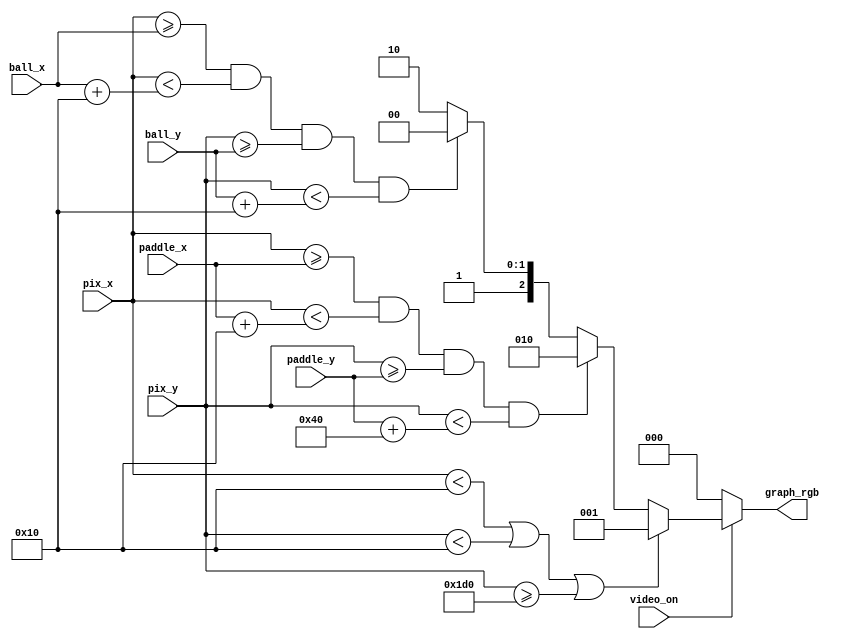
// Listing 13.3
module pong_graph_st
   (
    input wire video_on,
    input wire [9:0] pix_x, pix_y,
	 input wire [9:0] ball_x, ball_y,
	 input wire [9:0] paddle_x, paddle_y,
    output reg [2:0] graph_rgb
   );

   // constant and signal declaration
   // x, y coordinates (0,0) to (639,479)
   localparam MAX_X = 640;
   localparam MAX_Y = 480;

   //--------------------------------------------
   // right vertical bar
   //--------------------------------------------
   // bar top, bottom boundary
   localparam PADDLE_WIDTH = 16;
   localparam PADDLE_HEIGHT = 64;
   //--------------------------------------------
   // ball
   //--------------------------------------------
   localparam BALL_SIZE = 16;

   //--------------------------------------------
   // object output signals
   //--------------------------------------------
   wire wall_on, bar_on, ball_on;
   wire [2:0] wall_rgb, paddle_rgb, ball_rgb;

   //--------------------------------------------
   // wall
   //--------------------------------------------
	localparam WALL_SIZE = 16;
   assign wall_on = pix_x < WALL_SIZE || pix_y < WALL_SIZE || pix_y >= MAX_Y-WALL_SIZE;
   // wall rgb output
   assign wall_rgb = 3'b001; // blue
   //--------------------------------------------
   // paddle
   //--------------------------------------------
   assign paddle_on = (pix_x >= paddle_x) && (pix_x < paddle_x + PADDLE_WIDTH) &&
                      (pix_y >= paddle_y) && (pix_y < paddle_y + PADDLE_HEIGHT);
   // paddle rgb output
   assign paddle_rgb = 3'b010; // green
   //--------------------------------------------
   // square ball
   //--------------------------------------------
   // pixel within squared ball
   assign ball_on =
             (pix_x >= ball_x) && (pix_x < ball_x + BALL_SIZE) &&
             (pix_y >= ball_y) && (pix_y < ball_y + BALL_SIZE);
   assign ball_rgb = 3'b100;   // red

   //--------------------------------------------
   // rgb multiplexing circuit
   //--------------------------------------------
   always @*
      if (~video_on)
         graph_rgb = 3'b000; // blank
      else
         if (wall_on)
            graph_rgb = wall_rgb;
         else if (paddle_on)
            graph_rgb = paddle_rgb;
         else if (ball_on)
            graph_rgb = ball_rgb;
         else
            graph_rgb = 3'b110; // yellow background

endmodule